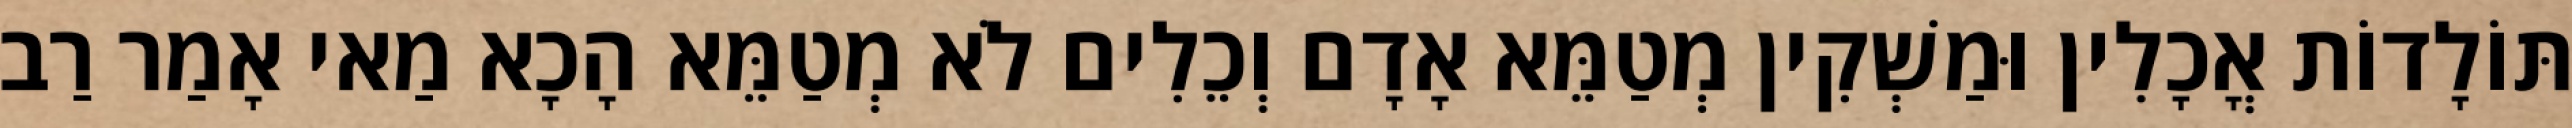
תּוֹלָדוֹת אֳכָלִין וּמַשְׁקִין מְטַמֵּא אָדָם וְכֵלִים לֹא מְטַמֵּא הָכָא מַאי אָמַר רַב